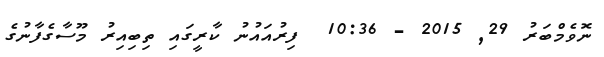
ނޮވެމްބަރު 29